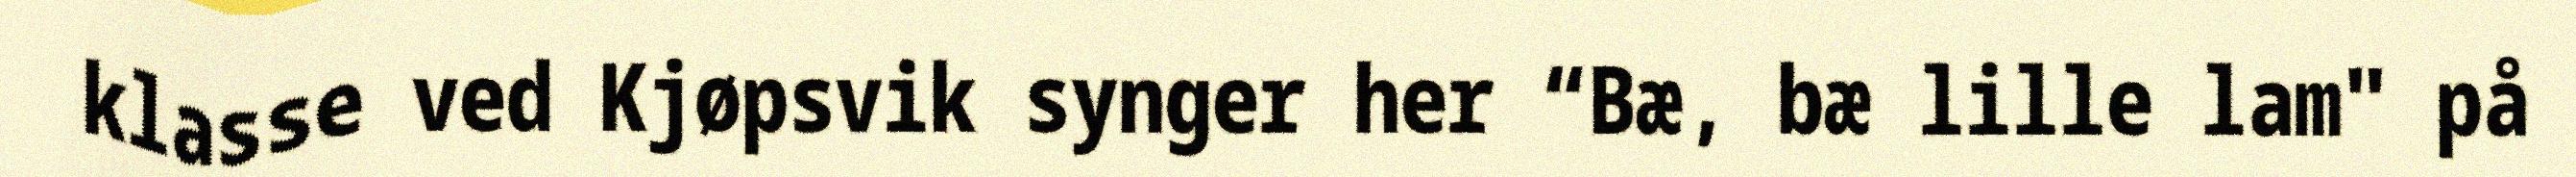
klasse ved Kjøpsvik synger her “Bæ, bæ lille lam" på